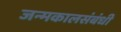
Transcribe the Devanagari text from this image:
जन्मकालसंबंधी